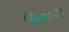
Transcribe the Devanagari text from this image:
फॅशनी